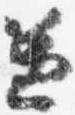
兼